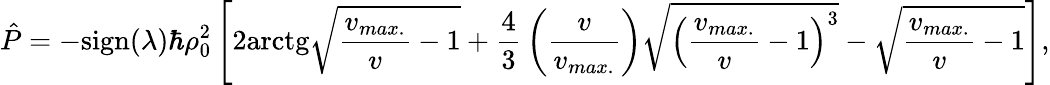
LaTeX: \hat{P}=-\mathrm{sign}(\lambda)\hbar\rho_{0}^{2}\left[2\mathrm{arctg}\sqrt{{\frac{v_{max.}}{v}}-1}+{\frac{4}{3}}\left({\frac{v}{v_{max.}}}\right)\sqrt{\left({\frac{v_{max.}}{v}}-1\right)^{3}}-\sqrt{{\frac{v_{max.}}{v}}-1}\right],